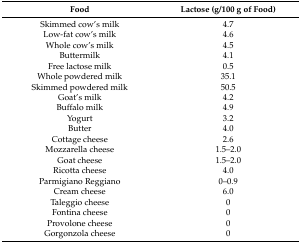
| Food | Lactose (g/100 g of Food) |
 | --- | --- |
 | Skimmed cow’s milk | 4.7 |
 | Low-fat cow’s milk | 4.6 |
 | Whole cow’s milk | 4.5 |
 | Buttermilk | 4.1 |
 | Free lactose milk | 0.5 |
 | Whole powdered milk | 35.1 |
 | Skimmed powdered milk | 50.5 |
 | Goat’s milk | 4.2 |
 | Buffalo milk | 4.9 |
 | Yogurt | 3.2 |
 | Butter | 4.0 |
 | Cottage cheese | 2.6 |
 | Mozzarella cheese | 1.5–2.0 |
 | Goat cheese | 1.5–2.0 |
 | Ricotta cheese | 4.0 |
 | Parmigiano Reggiano | 0–0.9 |
 | Cream cheese | 6.0 |
 | Taleggio cheese | 0 |
 | Fontina cheese | 0 |
 | Provolone cheese | 0 |
 | Gorgonzola cheese | 0 |